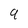
Character: 9